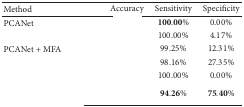
<table><thead><tr><td><b>Method </b></td><td><b>Accuracy</b></td><td><b>Sensitivity</b></td><td><b>Specificity</b></td></tr></thead><tbody><tr><td>PCANet</td><td>[EMPTY_CELL]</td><td>100.00%</td><td>0.00%</td></tr><tr><td>[EMPTY_CELL]</td><td>[EMPTY_CELL]</td><td>100.00%</td><td>4.17%</td></tr><tr><td>PCANet + MFA</td><td>[EMPTY_CELL]</td><td>99.25%</td><td>12.31%</td></tr><tr><td>[EMPTY_CELL]</td><td>[EMPTY_CELL]</td><td>98.16%</td><td>27.35%</td></tr><tr><td>[EMPTY_CELL]</td><td>[EMPTY_CELL]</td><td>100.00%</td><td>0.00%</td></tr><tr><td>[EMPTY_CELL]</td><td>[EMPTY_CELL]</td><td>94.26%</td><td>75.40%</td></tr></tbody></table>